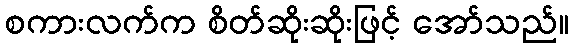
စကားလက်က စိတ်ဆိုးဆိုးဖြင့် အော်သည်။